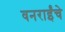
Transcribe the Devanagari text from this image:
वनराईंचे